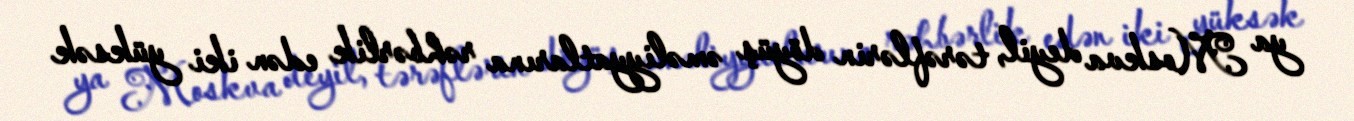
ya Moskva deyil, tərəflərin döyüş əməliyyatlarına rəhbərlik edən iki yüksək